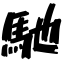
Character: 馳